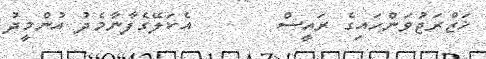
ޚަޒްރަޖުވަންހައިގެ ރައީސް       އެކަލޭގެފާނާމެދު އުންމީދު